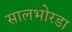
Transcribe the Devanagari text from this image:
सालभोरडा